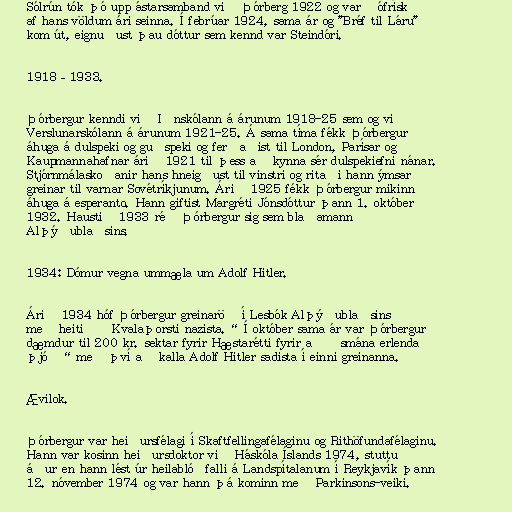
Sólrún tók þó upp ástarsamband við Þórberg 1922 og varð ófrísk
af hans völdum ári seinna. Í febrúar 1924, sama ár og "Bréf til Láru"
kom út, eignuðust þau dóttur sem kennd var Steindóri.

1918–1933.

Þórbergur kenndi við Iðnskólann á árunum 1918-25 sem og við
Verslunarskólann á árunum 1921-25. Á sama tíma fékk Þórbergur
áhuga á dulspeki og guðspeki og ferðaðist til London, Parísar og
Kaupmannahafnar árið 1921 til þess að kynna sér dulspekiefni nánar.
Stjórnmálaskoðanir hans hneigðust til vinstri og ritaði hann ýmsar
greinar til varnar Sovétríkjunum. Árið 1925 fékk Þórbergur mikinn
áhuga á esperanto. Hann giftist Margréti Jónsdóttur þann 1. október
1932. Haustið 1933 réð Þórbergur sig sem blaðamann
Alþýðublaðsins.

1934: Dómur vegna ummæla um Adolf Hitler.

Árið 1934 hóf Þórbergur greinaröð í Lesbók Alþýðublaðsins
með heitið „Kvalaþorsti nazista.“ Í október sama ár var Þórbergur
dæmdur til 200 kr. sektar fyrir Hæstarétti fyrir að „smána erlenda
þjóð“ með því að kalla Adolf Hitler sadista í einni greinanna.

Ævilok.

Þórbergur var heiðursfélagi í Skaftfellingafélaginu og Rithöfundafélaginu.
Hann var kosinn heiðursdoktor við Háskóla Íslands 1974, stuttu
áður en hann lést úr heilablóðfalli á Landspítalanum í Reykjavík þann
12. nóvember 1974 og var hann þá kominn með Parkinsons-veiki.